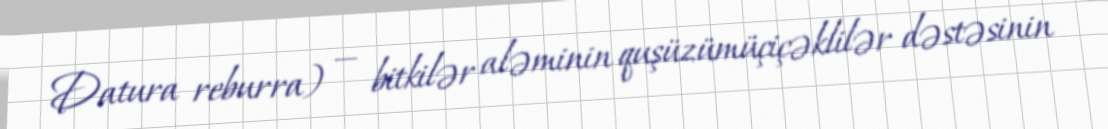
Datura reburra) — bitkilər aləminin quşüzümüçiçəklilər dəstəsinin